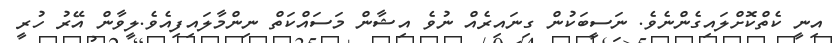
އިނީ ކެތްކޮށްލައިގެންނެވެ. ނަސީބަކުން ގިނައިރެއް ނުވެ އިޝާން މަސައްކަތް ނިންމާލައިފިއެވެ.ލީވާން އޭރު ހުރީ